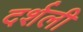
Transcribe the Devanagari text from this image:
दर्शली